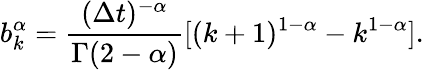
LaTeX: b_{k}^{\alpha}=\frac{(\Delta t)^{-\alpha}}{\Gamma(2-\alpha)}[(k+1)^{1-\alpha}-k^{1-\alpha}].